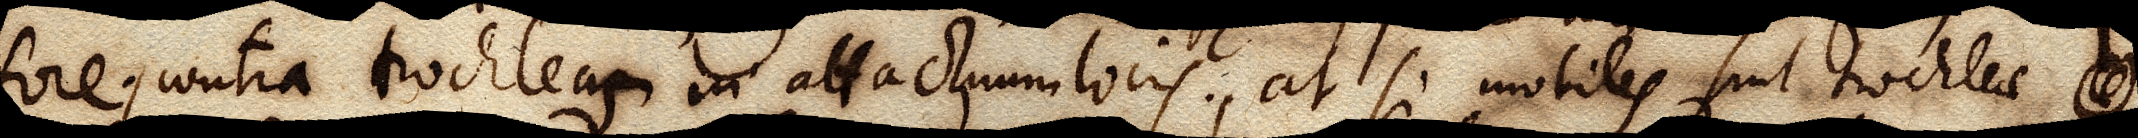
fore, contra trochleam in attactuum locis. At si mobiles sint trochleae